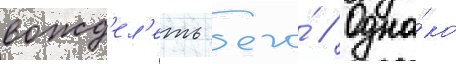
вожд'ел'еть его́ // Одна́ко